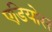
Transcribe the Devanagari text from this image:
एडियोस